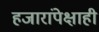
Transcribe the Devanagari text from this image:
हजारांपेक्षाही